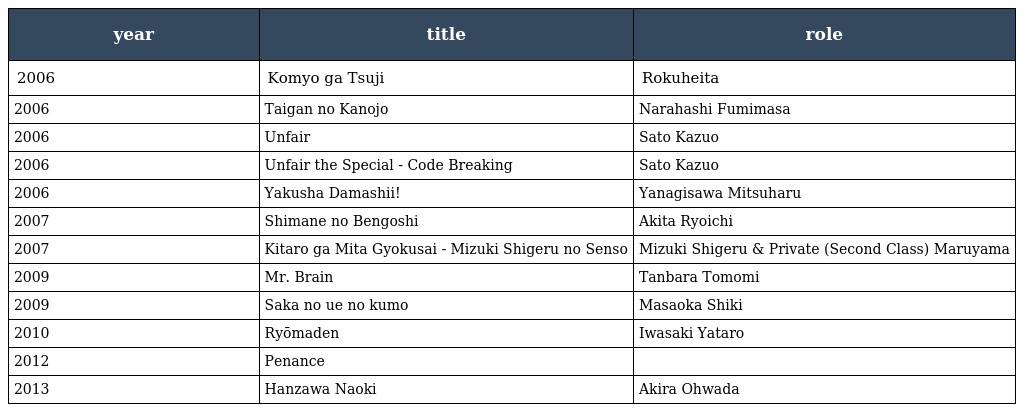
| year | title | role |
 | --- | --- | --- |
 | 2006 | Komyo ga Tsuji | Rokuheita |
 | 2006 | Taigan no Kanojo | Narahashi Fumimasa |
 | 2006 | Unfair | Sato Kazuo |
 | 2006 | Unfair the Special - Code Breaking | Sato Kazuo |
 | 2006 | Yakusha Damashii! | Yanagisawa Mitsuharu |
 | 2007 | Shimane no Bengoshi | Akita Ryoichi |
 | 2007 | Kitaro ga Mita Gyokusai - Mizuki Shigeru no Senso | Mizuki Shigeru & Private (Second Class) Maruyama |
 | 2009 | Mr. Brain | Tanbara Tomomi |
 | 2009 | Saka no ue no kumo | Masaoka Shiki |
 | 2010 | Ryōmaden | Iwasaki Yataro |
 | 2012 | Penance |  |
 | 2013 | Hanzawa Naoki | Akira Ohwada |